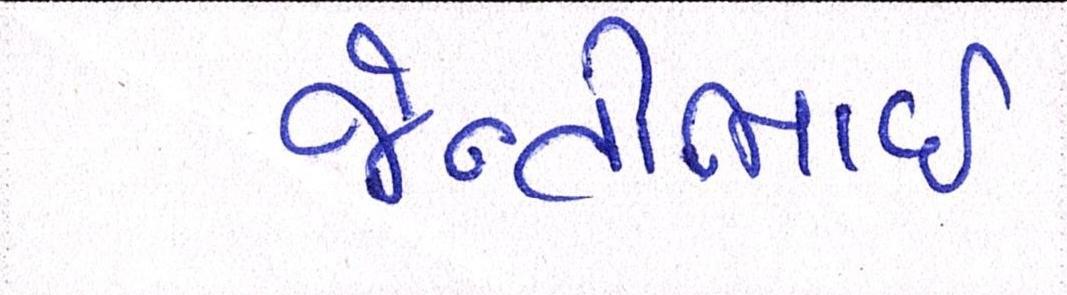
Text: જેન્તીભાઈ